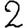
Digit: 2